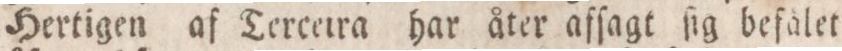
Hertigen af Terceira har åter afſagt ſig befålet